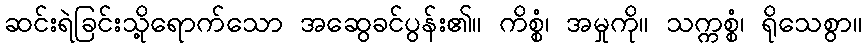
ဆင်းရဲခြင်းသို့ရောက်သော အဆွေခင်ပွန်း၏။ ကိစ္စံ၊ အမှုကို။ သက္ကစ္စံ၊ ရိုသေစွာ။